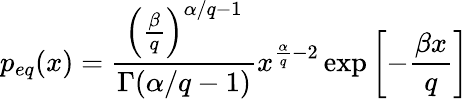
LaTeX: p_{eq}(x)=\frac{\left(\frac{\beta}{q}\right)^{\alpha/q-1}}{\Gamma(\alpha/q-1)}x^{\frac{\alpha}{q}-2}\exp\left[-\frac{\beta x}{q}\right]